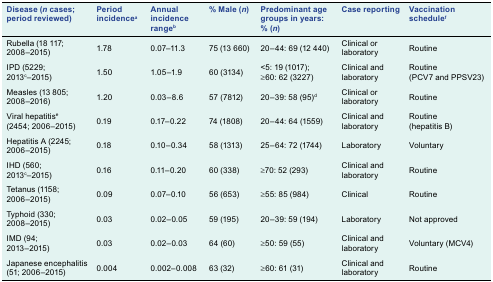
| Disease (n cases; period reviewed) | Period incidencea | Annual incidence rangeb | % Male (n) | Predominant age groups in years:% (n) | Case reporting | Vaccination schedulef |
 | --- | --- | --- | --- | --- | --- | --- |
 | Rubella (18 117;2008–2015) | 1.78 | 0.07–11.3 | 75 (13 660) | 20–44: 69 (12 440) | Clinical or laboratory | Routine |
 | IPD (5 229;2013c–2015) | 1.50 | 1.05–1.9 | 60 (3 134) | < 5: 19 (1 017);≥ 60: 62 (3 227) | Clinical and laboratory | Routine(PCV7 and PPSV23) |
 | Measles (13 805;2008–2016) | 1.20 | 0.03–8.6 | 57 (7 812) | 20–39: 58 (95)d | Clinical or laboratory | Routine |
 | Viral hepatitise(2 454; 2006–2015) | 0.19 | 0.17–0.22 | 74 (1 808) | 20–44: 64 (1 559) | Clinical and laboratory | Routine(hepatitis B) |
 | Hepatitis A (2 245;2006–2015) | 0.18 | 0.10–0.34 | 58 (1 313) | 25–64: 72 (1 744) | Laboratory | Voluntary |
 | IHD (560;2013c–2015) | 0.16 | 0.11–0.20 | 60 (338) | ≥ 70: 52 (293) | Clinical and laboratory | Routine |
 | Tetanus (1 158;2006–2015) | 0.09 | 0.07–0.10 | 56 (653) | ≥ 55: 85 (984) | Clinical | Routine |
 | Typhoid (330;2008–2015) | 0.03 | 0.02–0.05 | 59 (195) | 20–39: 59 (194) | Laboratory | Not approved |
 | IMD (94;2013–2015) | 0.03 | 0.02–0.03 | 64 (60) | ≥ 50: 59 (55) | Clinical and laboratory | Voluntary (MCV4) |
 | Japanese encephalitis (51; 2006–2015) | 0.004 | 0.002–0.008 | 63 (32) | ≥ 60: 61 (31) | Clinical and laboratory | Routine |